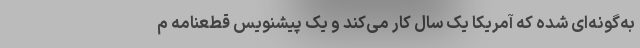
به‌گونه‌ای شده که آمریکا یک سال کار می‌کند و یک پیشنویس قطعنامه م